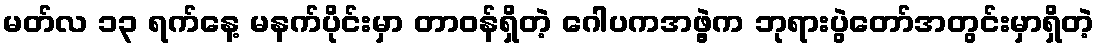
မတ်လ ၁၃ ရက်နေ့ မနက်ပိုင်းမှာ တာဝန်ရှိတဲ့ ဂေါပကအဖွဲ့က ဘုရားပွဲတော်အတွင်းမှာရှိတဲ့